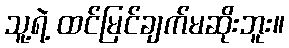
သူ့ရဲ့ ထင်မြင်ချက်မဆိုးဘူး။